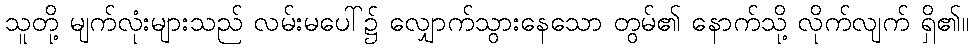
သူတို့ မျက်လုံးများသည် လမ်းမပေါ်၌ လျှောက်သွားနေသော တွမ်၏ နောက်သို့ လိုက်လျက် ရှိ၏။